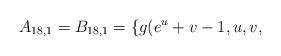
LaTeX: \begin{align*} A_{18,1}=B_{18,1}=\{g(e^{u}+v-1,u,v, \end{align*}